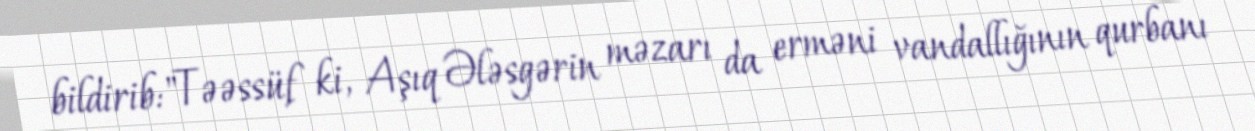
bildirib:"Təəssüf ki, Aşıq Ələsgərin məzarı da erməni vandallığının qurbanı